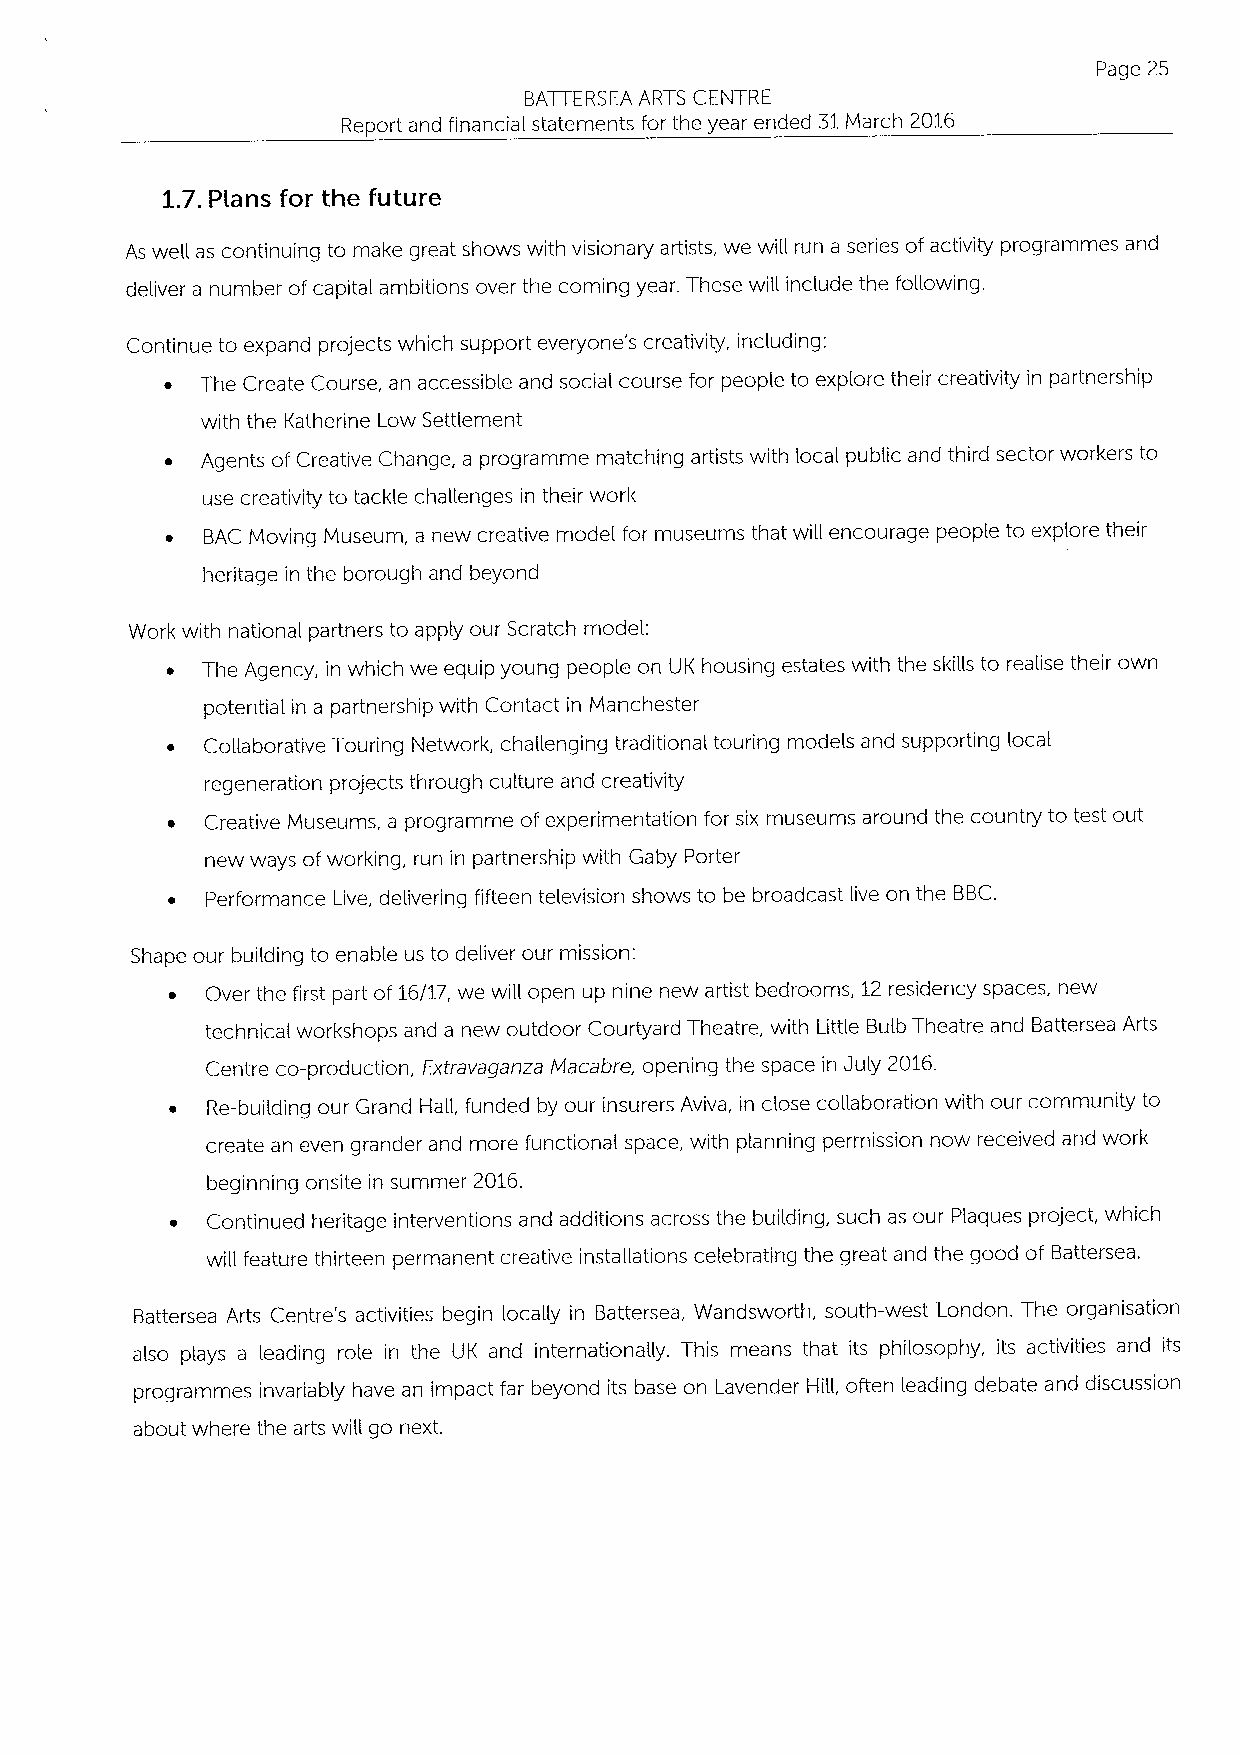
Page 25
 BATTERSEA ARTS CENTRE
 Report and financial statements for the year ended 31March 2016
 1.7.Plans for the future
 As well as continuing to make great shows with visionary artists, we will run a series ofactivity programmes and
 deliver a number ofcapital ambitions over the coming year. These will include the following.
 Continue to expand projects which support everyone's creativity, including:
 ~ The Create Course, an accessible and social course for people to explore their creativity in partnership
 with the Katherine Low Settlement
 ~ Agents of Creative Change, a programme matching artists with local public and third sector workers to
 use creativity to tackle challenges in their work
 ~ BAC Moving Museum, a new creative model for museums that will encourage people to explore their
 heritage in the borough and beyond
 Work with national partners to apply our Scratch model. ;
 ~ The Agency, in which we equip young people on UK housing estates with the skills to realise their own
 potential in a partnership with Contact in Manchester
 ~  Collaborative Touring Network, challenging traditional touring models and supporting local
 regeneration projects through culture and creativity
 ~  Creative Museums, a programme ofexperimentation for six museums around the country to test out
 new ways ofworking, run in partnership with Gaby Porter
 ~  Performance Live, delivering fifteen television shows to be broadcast live on the BBC.
 Shape our building to enable us to deliver our mission:
 ~  Over the first part of 16/17, we will open up nine new artist bedrooms, 12residency spaces, new
 technical workshops and a new outdoor Courtyard Theatre, with Little Bulb Theatre and Battersea Arts
 Centre co-production, Extravaganza Macabre, opening the space in July 2016.
 ~  Re-building our Grand Hail, funded by our insurers Aviva, in close collaboration with our community to
 create an even grander and more functional space, with planning permission now received and work
 beginning onsite in summer 2016.
 ~  Continued heritage interventions and additions across the building, such as our Plaques project, which
 will feature thirteen permanent creative installations celebrating the great and the good of Battersea.
 Battersea Arts Centre's activities begin locally in Battersea, Wandsworth, south-west London. The organisation
 also plays a leading role in the UK and internationally. This means that its philosophy, its activities and its
 programmes invariably have an impact far beyond its base on Lavender Hill, often leading debate and discussion
 about where the arts will go next.